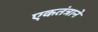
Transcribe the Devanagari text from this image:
एकतंत्राने